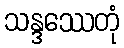
သန္ဒဿေတုံ